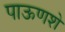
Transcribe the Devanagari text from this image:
पाऊणशे